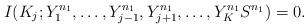
LaTeX: \begin{align*}I(K_j;Y_1^{n_1},\dots,Y_{j-1}^{n_1},Y_{j+1}^{n_1},\dots,Y_K^{n_1}S^{n_1}) &=0. \end{align*}